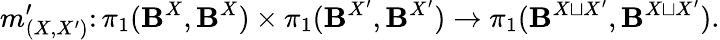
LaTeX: m_{(X,X^{\prime})}^{\prime}\colon\pi_{1}({\boldsymbol{\mathbf{B}}}^{X},{\boldsymbol{\mathbf{B}}}^{X})\times\pi_{1}({\boldsymbol{\mathbf{B}}}^{X^{\prime}},{\boldsymbol{\mathbf{B}}}^{X^{\prime}})\to\pi_{1}({\boldsymbol{\mathbf{B}}}^{X\sqcup X^{\prime}},{\boldsymbol{\mathbf{B}}}^{X\sqcup X^{\prime}}).